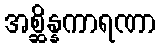
အစ္ဆိန္နကာရဏာ